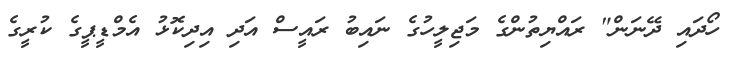
ހޯދައި ދޭނަން" ރައްޔިތުންގެ މަޖިލީހުގެ ނައިބު ރައީސް އަދި އިިދިކޮޅު އެމްޑީޕީގެ ކުރީގެ